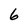
Character: 6